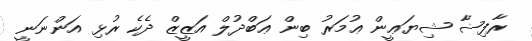
ރާފިޟާ ޝިޔަޢީން ޢުމަރު ބިން ޢަބްދުލް އަޒީޒް ދެކެ ރުޅި އަންނަނީ